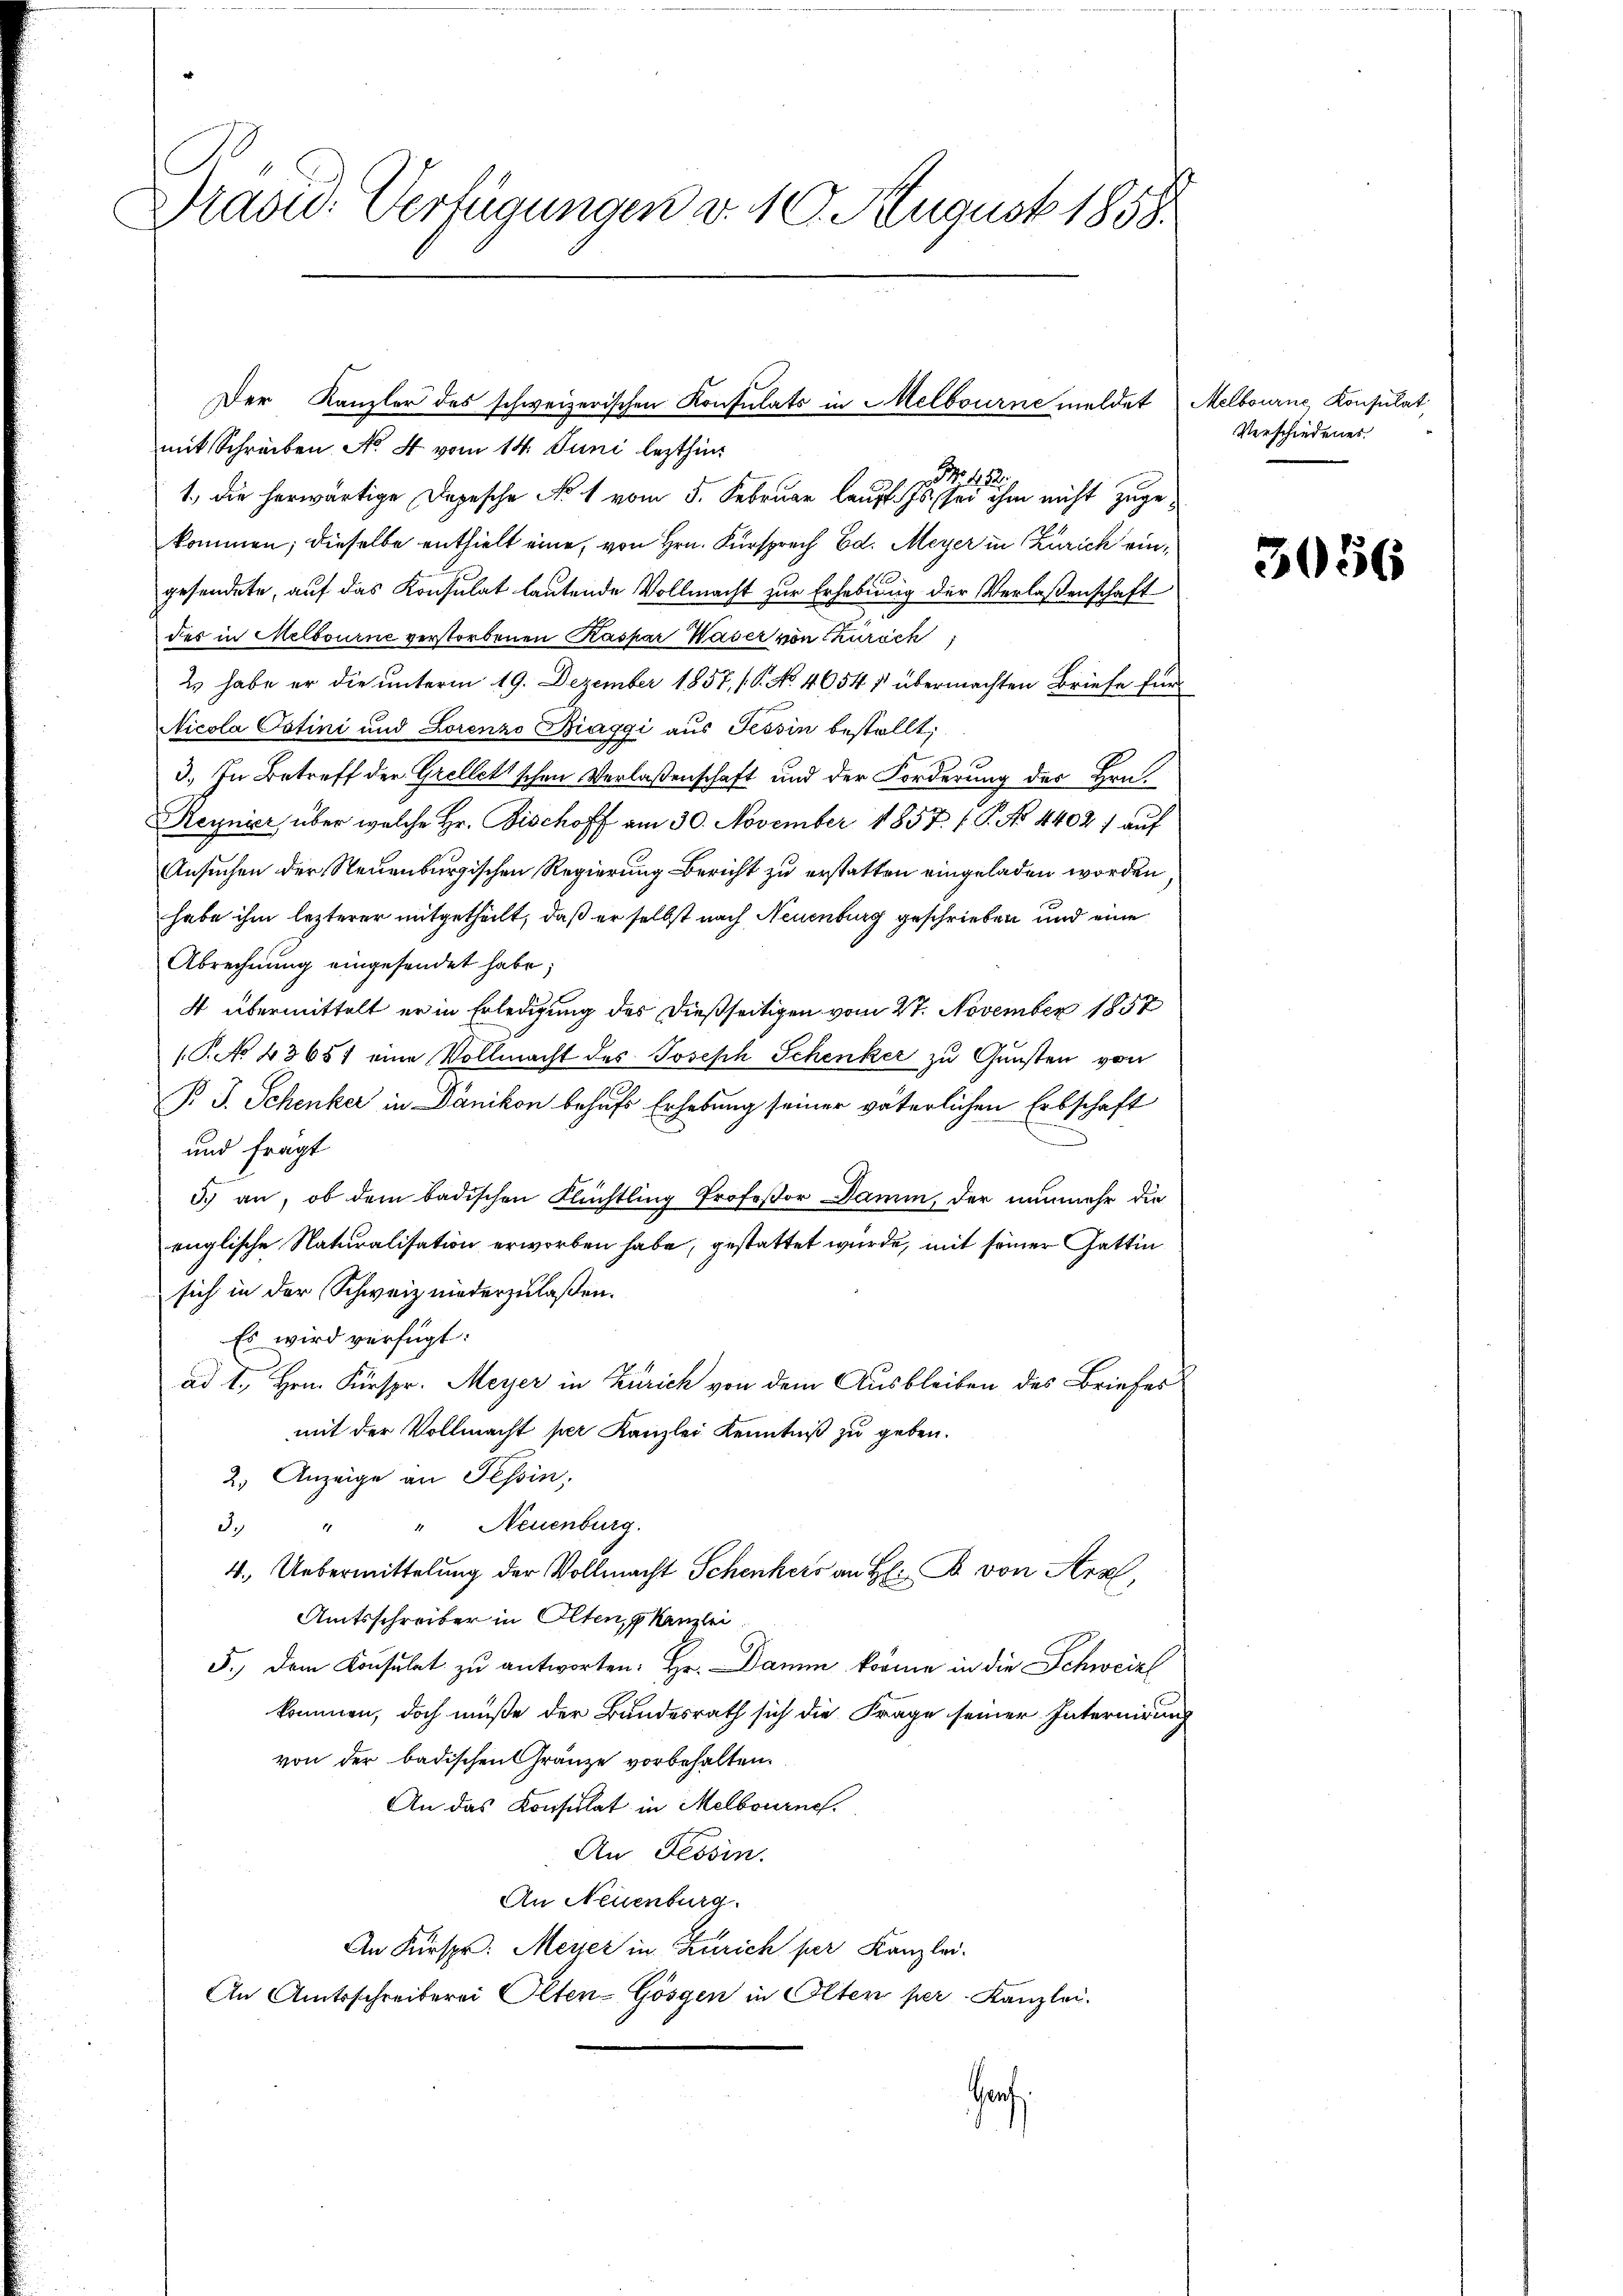
Prasid. Verfügungen v. 10. August 1858.

mit Schreiben No 4 vom 14. Juni lezthin
3
N. 8
1. die herwärtige Depesche No 1 vom 5. Februar lauf. Js. sei ihm nicht zugekommen; dieselbe enthielt eine, von Hrn. Fürsprech Ed. Meyer in Zürich eingesendete, auf das Konsulat lautende Vollmacht zur Erhebung der Verlassenschaft
des in Melbourne verstorbenen Kaspar Waser von Thürich
2s habe er die unterm 19. Dezember 1857, 16. No. 4654 1 übermachten Briefe für
Nicola Cotini und Lorenzo Biaggi aus Tessin bestellt,
3.) In Betreff der Grelletischen Verlaßenschaft und der Forderung des Hrn.
Regnier über welche Hr. Fischoff am 30. November 1858 f. P. No. 44021 auf
Ansuchen der Neuenburgischen Regierung Bericht zu erstatten eingeladen worden
habe ihm lezterer mitgetheilt, daß er selbst nach Neuenburg geschrieben und eine
Abrechnung eingesendet habe;
4 übermittelt er in Erledigung des dießseitigen vom 27. November 1857
(P.No 43657 eine Vollmacht des Joseph Schenker zu Gunsten von
P. J. Schenker in Dänikon behufs Erhebung seiner väterlichen Erbschaft
und fragt
3.) an, ob dem badischen Flüchtling Professor Damm, der nunmehr die
englische Naturalisation erworben habe, gestattet wurde, mit seiner Gattin
sich in der Schweiz niederzulaßen.
Es wird verfügt:
ad 1., Hrn. Fürspr. Meyer in Zürich von dem Ausbleiben des Briefes
mit der Vollmacht per Kanzlei Kenntniß zu geben.
2) Anzeige an Tessin,
3. " " Neuenburg.
4. Uebermittelung der Vollmacht Schenkers an H: B. von Arzt,
Amtsschreiber in Olten, Kanzlei
5.) Dem Konsulat zu antworten: Hr. Damen könne in die Schweizl
kommen, doch müße der Bundesrath sich die Frage seiner Internirung
von der badischen Gränze vorbehalten.
An das Konsulat in Melbourne
An Tessin.
An Neuenburg.
An Fürspr. Meyer in Zürich per Kanzlei-
An Amtsschreiberei Olten-Gösgen in Olten per Kanzlei.
Grf

Der Kanzler des schweizerischen Konsulats in Melbourne meldet Melbourne Konsulat,

Verschiedenes.

3056